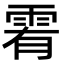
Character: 䨖